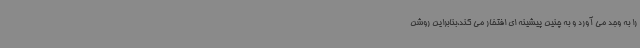
را به وجد می آورد و به چنین پیشینه ای افتخار می کند،بنابراین روشن